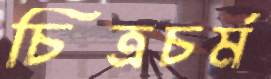
চিত্রচর্ম